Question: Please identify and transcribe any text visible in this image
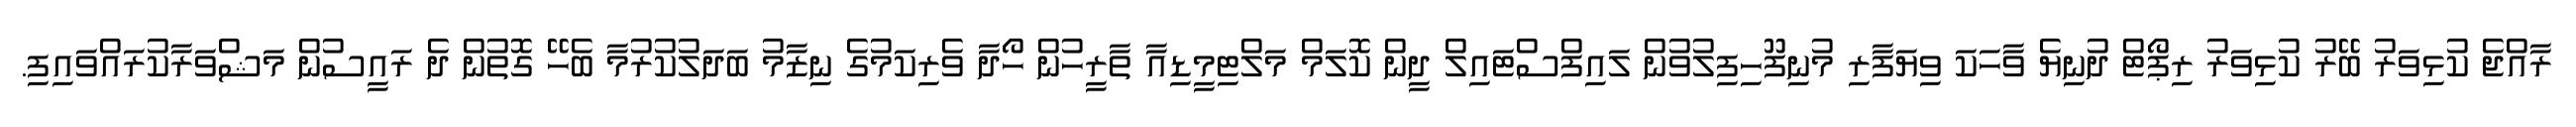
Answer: ރާއްޖެ ކުޅިވަރު ބޭރު ކުޅިވަރު ރިޕޯޓް ދުނިޔެ ވާހަކަ ވިޔަފާރި މުނިފޫހިފިލުވުން ލައިފްސްޓައިލް ދީން ކޮލަމް މަލްޓިމީޑިއާ ތާރީހުން ހޯދާ ވެރިކަމުގެ ނިޒާމު ބަދަލުކުރުމާ ބެހޭ ގޮތުން ދެ ރައީސުން މަޝްވަރާކުރައްވައިފި.